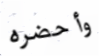
وأحضره